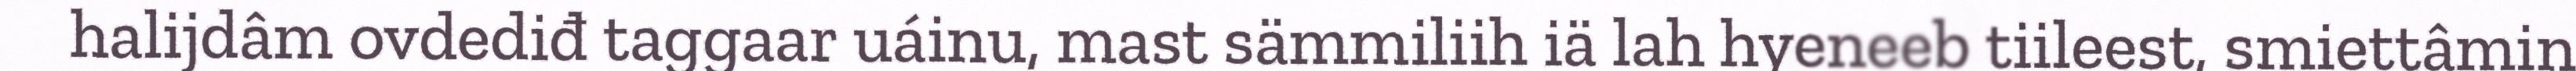
halijdâm ovdediđ taggaar uáinu, mast sämmiliih iä lah hyeneeb tiileest, smiettâmin